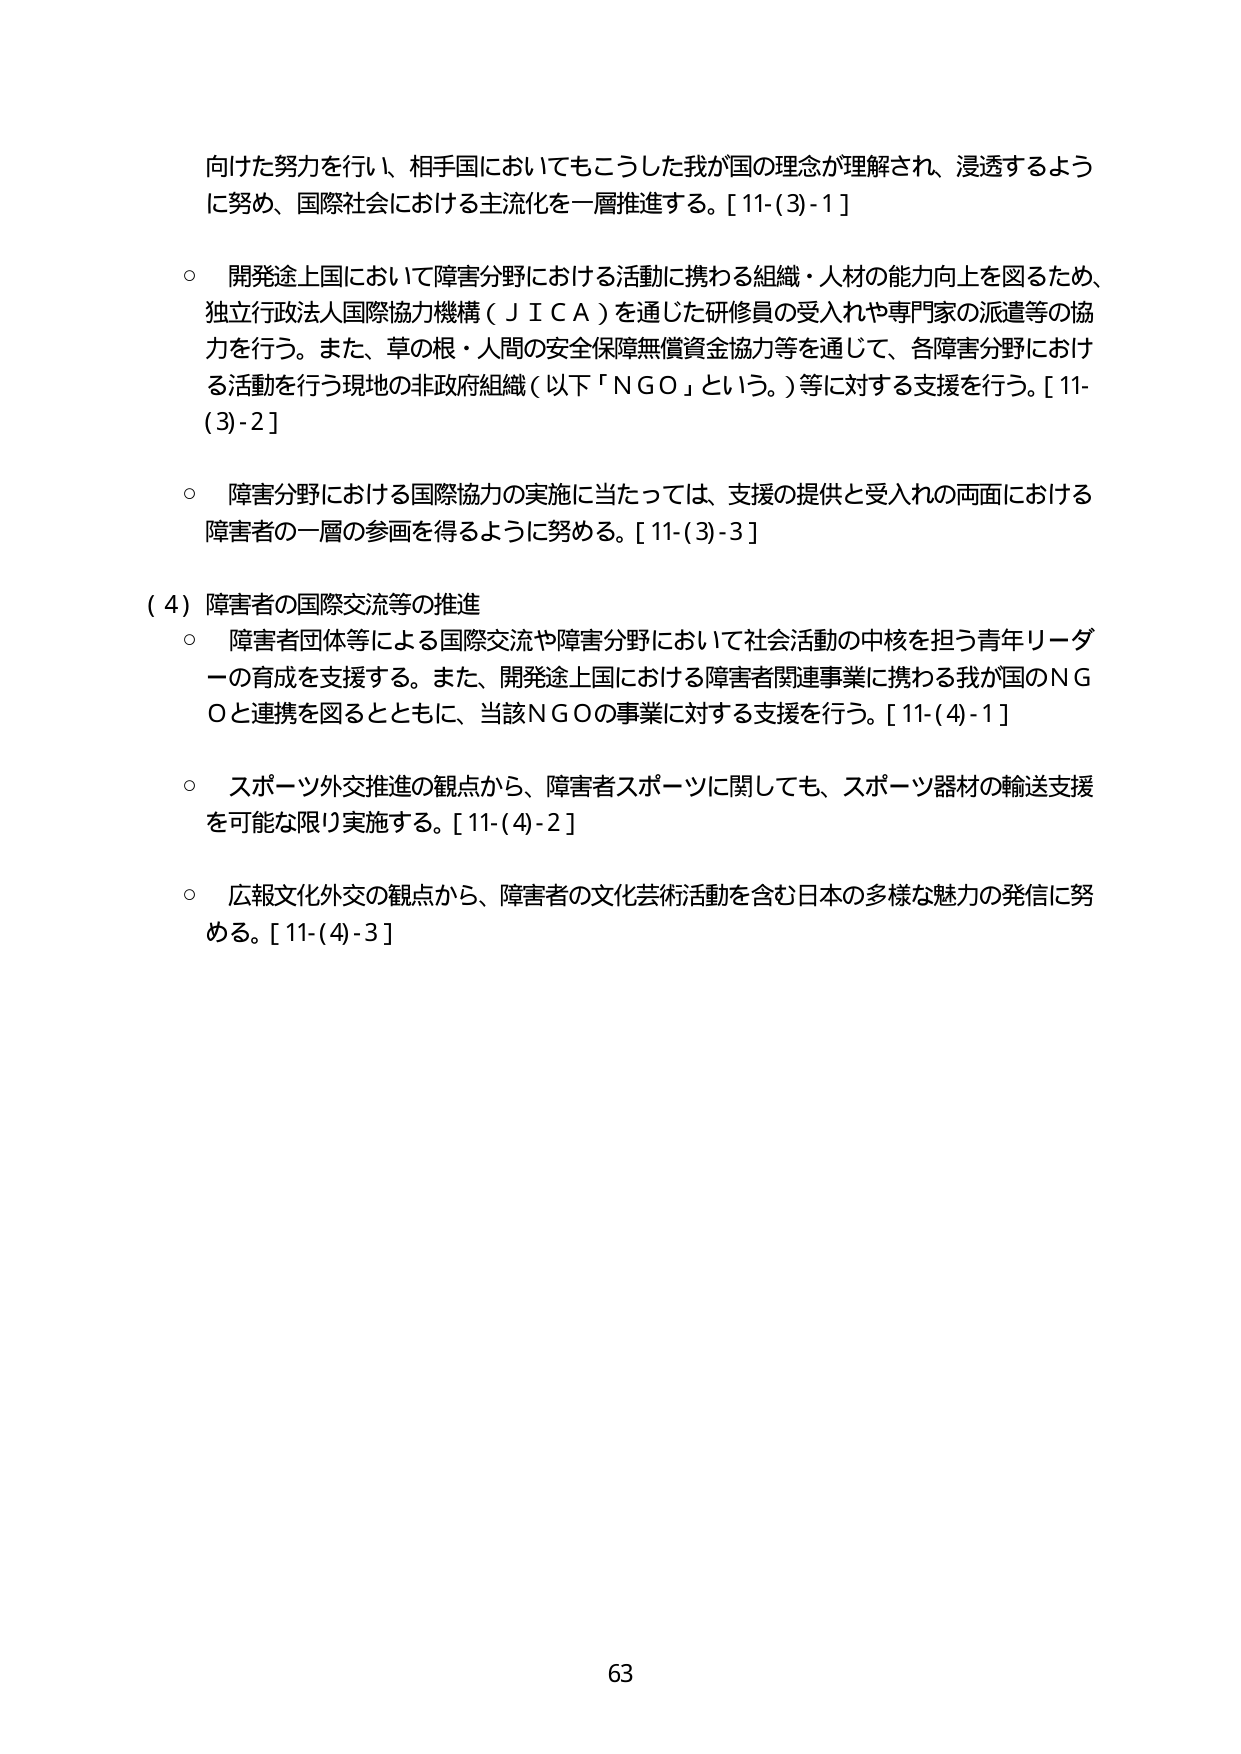
向けた努力を行い、相手国においてもこうした我が国の理念が理解され、浸透するように努め、国際社会における主流化を一層推進する。[11-(3)-1]

○ 開発途上国において障害分野における活動に携わる組織・人材の能力向上を図るため、独立行政法人国際協力機構（ＪＩＣＡ）を通じた研修員の受入れや専門家の派遣等の協力を行う。また、草の根・人間の安全保障無償資金協力等を通じて、各障害分野における活動を行う現地の非政府組織（以下「ＮＧＯ」という。）等に対する支援を行う。[11-(3)-2]

○ 障害分野における国際協力の実施に当たっては、支援の提供と受入れの両面における障害者の一層の参画を得るように努める。[11-(3)-3]

（4）障害者の国際交流等の推進

○ 障害者団体等による国際交流や障害分野において社会活動の中核を担う青年リーダーの育成を支援する。また、開発途上国における障害者関連事業に携わる我が国のＮＧＯと連携を図るとともに、当該ＮＧＯの事業に対する支援を行う。[11-(4)-1]

○ スポーツ外交推進の観点から、障害者スポーツに関しても、スポーツ器材の輸送支援を可能な限り実施する。[11-(4)-2]

○ 広報文化外交の観点から、障害者の文化芸術活動を含む日本の多様な魅力の発信に努める。[11-(4)-3]

63